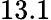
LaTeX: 13.1